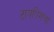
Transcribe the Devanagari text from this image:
टायपिंगचा